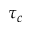
\tau _ { c }